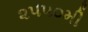
૨૫૫૦મી